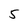
Character: 5